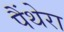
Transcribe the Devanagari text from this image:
पैंथेरा